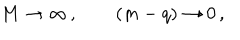
M \rightarrow \infty \, , \qquad ( m - q ) \rightarrow 0 \, ,